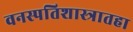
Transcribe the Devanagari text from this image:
वनस्पतिशास्त्रातहा